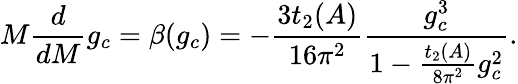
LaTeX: M\frac{d}{dM}g_{c}=\beta(g_{c})=-\frac{3t_{2}(A)}{16\pi^{2}}\frac{g_{c}^{3}}{1-\frac{t_{2}(A)}{8\pi^{2}}g_{c}^{2}}.